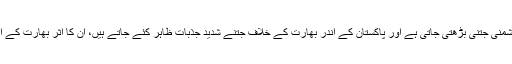
یہ ایک قابل تردید حقیقت ہے کہ پاکستان اور بھارت کی حکومتوں کے درمیان دشمنی جتنی بڑھتی جاتی ہے اور پاکستان کے اندر بھارت کے خلاف جتنے شدید جذبات ظاہر کئے جاتے ہیں، ان کا اثر بھارت کے اندر براہ راست وہاں کے مسلمانوں کے خلاف نفرت کی شکل میں سامنے آتا ہے۔